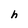
Character: h